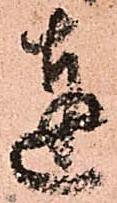
達